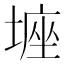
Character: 𡎻